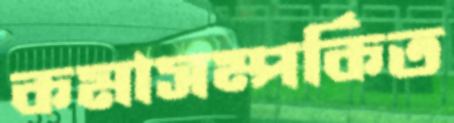
কমাসম্পর্কিত